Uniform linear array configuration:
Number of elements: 4
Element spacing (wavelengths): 1
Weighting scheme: cosine
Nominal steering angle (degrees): -30
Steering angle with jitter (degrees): -28.246
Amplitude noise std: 0.05
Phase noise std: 0.05

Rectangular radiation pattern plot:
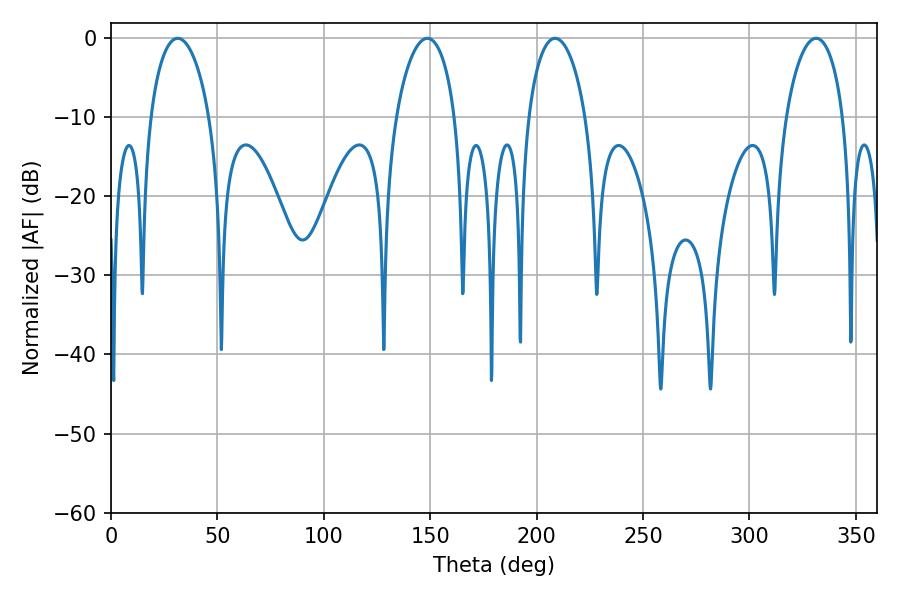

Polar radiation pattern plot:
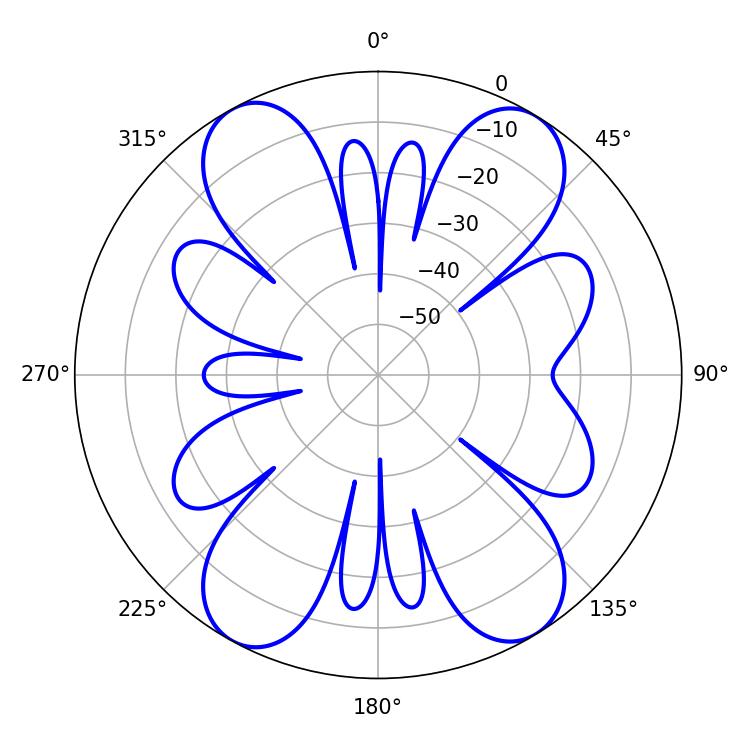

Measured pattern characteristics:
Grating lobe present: TRUE
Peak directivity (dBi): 17.254
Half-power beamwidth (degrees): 15.84
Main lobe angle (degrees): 31.32